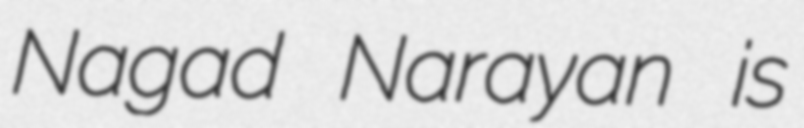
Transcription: Nagad Narayan is